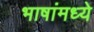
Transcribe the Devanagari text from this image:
भाषांमध्‍ये